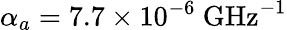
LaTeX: \alpha_{a}=7.7\times 10^{-6}~\mathrm{GHz^{-1}}